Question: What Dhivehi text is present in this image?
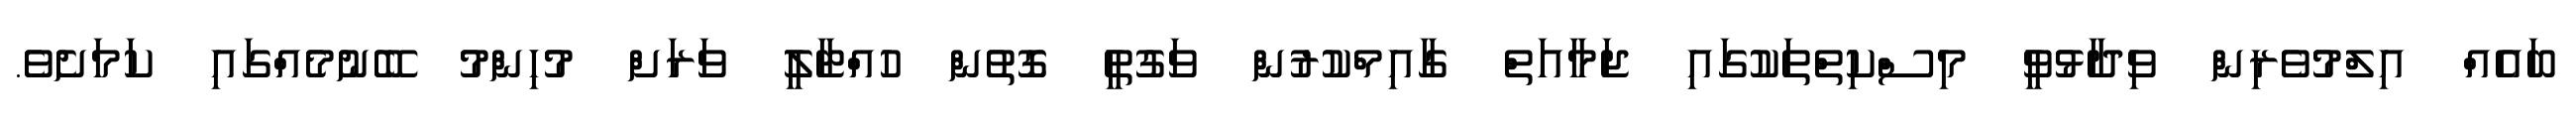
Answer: ބައެއް އިލްމުވެރިން ވިދާޅުވީ މިސްކިތްތަކުގައި ޖަމާއަތް ގާއިމްކުރުން ވަގުތީ ގޮތުން ހުއްޓާލީ ވަރަށް މުހިންމު ބޭނުމެއްގައި ކަމަށެވެ.